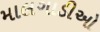
માલગાડીઓ